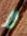
لا